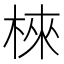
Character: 棶